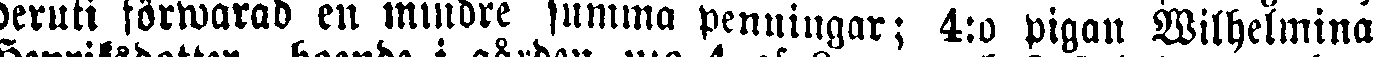
deruti förwarad en mindre summa penningar; 4:o pigan Wilhelmina